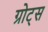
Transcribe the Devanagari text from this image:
ग्रोट्स